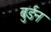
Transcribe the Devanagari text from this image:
बुर्डन